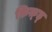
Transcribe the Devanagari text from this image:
फ़िक़्ह्